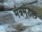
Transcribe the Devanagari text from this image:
मंत्रमंडल